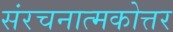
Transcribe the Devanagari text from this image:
संरचनात्मकोत्तर